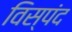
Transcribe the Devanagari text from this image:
विस्पंद